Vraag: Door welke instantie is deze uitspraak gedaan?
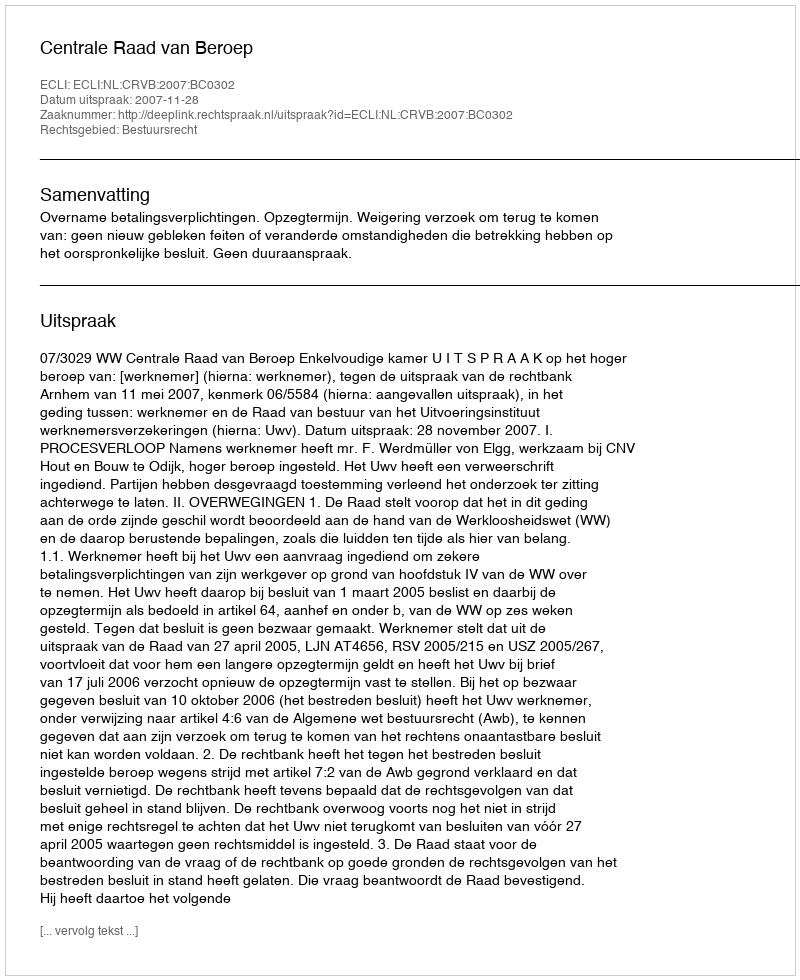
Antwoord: Centrale Raad van Beroep